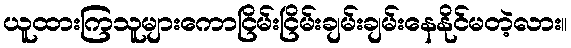
ယူထားကြသူများကောငြိမ်းငြိမ်းချမ်းချမ်းနေနိုင်မတဲ့လား။